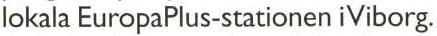
lokala EuropaPlus-stationen iViborg.